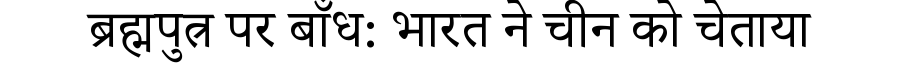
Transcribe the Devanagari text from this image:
ब्रह्मपुत्र पर बाँध: भारत ने चीन को चेताया